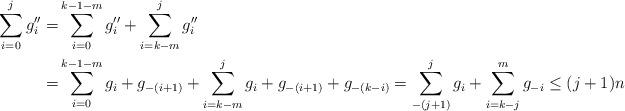
LaTeX: \begin{align*} \sum_{i=0}^jg''_i = & \sum_{i=0}^{k-1-m}g''_i+\sum_{i=k-m}^jg''_i \\ = & \sum_{i=0}^{k-1-m}g_i+g_{-(i+1)}+\sum_{i=k-m}^jg_i+g_{-(i+1)}+g_{-(k-i)}=\sum_{-(j+1)}^jg_i+\sum_{i=k-j}^mg_{-i}\le (j+1)n\end{align*}